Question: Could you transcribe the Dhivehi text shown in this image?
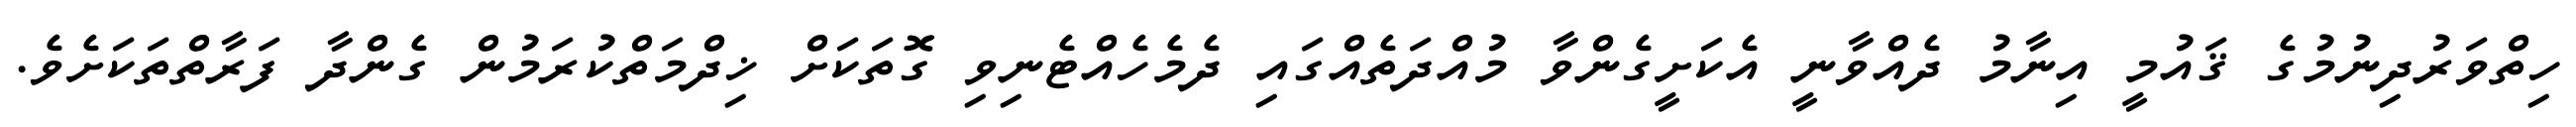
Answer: ހިތްވަރުދިނުމުގެ ޤައުމީ އިނާމު ދެއްވާނީ އެކަށީގެންވާ މުއްދަތެއްގައި ދެމެހެއްޓެނިވި ގޮތަކަށް ޚިދްމަތްކުރަމުން ގެންދާ ފަރާތްތަކަށެވެ.